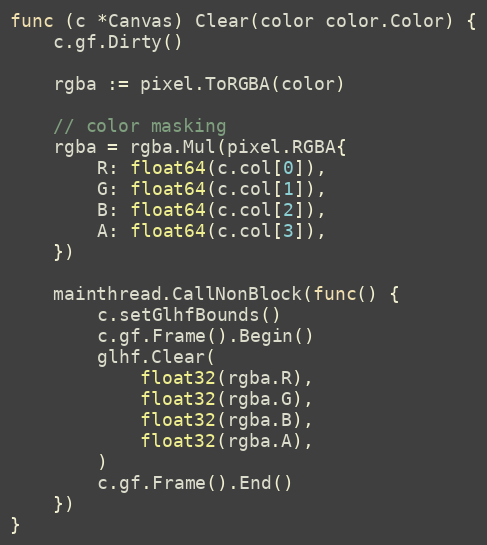
Language: Go
func (c *Canvas) Clear(color color.Color) {
	c.gf.Dirty()

	rgba := pixel.ToRGBA(color)

	// color masking
	rgba = rgba.Mul(pixel.RGBA{
		R: float64(c.col[0]),
		G: float64(c.col[1]),
		B: float64(c.col[2]),
		A: float64(c.col[3]),
	})

	mainthread.CallNonBlock(func() {
		c.setGlhfBounds()
		c.gf.Frame().Begin()
		glhf.Clear(
			float32(rgba.R),
			float32(rgba.G),
			float32(rgba.B),
			float32(rgba.A),
		)
		c.gf.Frame().End()
	})
}